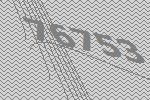
76753